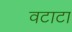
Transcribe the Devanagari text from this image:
वटाटा